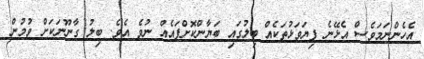
އެހެންނަމަވެސް އެޅޭނެ ފިޔަވަޅުތަކެއް ބިލުގައި ބަޔާންކޮށްފައެއް ނުވެ އެވެ. ބިލު ގާނޫނަކަށް ވުމުން